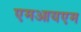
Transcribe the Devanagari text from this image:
एमआयएम